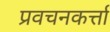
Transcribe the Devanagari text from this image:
प्रवचनकर्त्ता